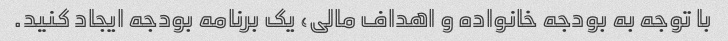
با توجه به بودجه خانواده و اهداف مالی، یک برنامه بودجه ایجاد کنید.